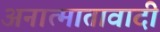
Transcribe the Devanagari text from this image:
अनात्मातावादी